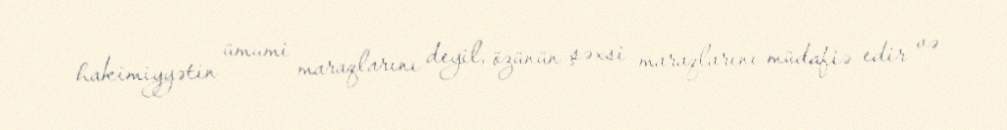
hakimiyyətin ümumi maraqlarını deyil, özünün şəxsi maraqlarını müdafiə edir və